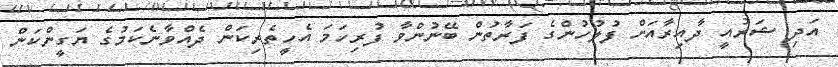
އަދި ޝަރުއީ ދާއިރާއަށް ފުލުހުންގެ ފަރާތުން ބޭނުންވާ ފުރިހަމަ އެހީތެރިކަން ދެއްވާނެކަމުގެ ޔަގީންކަން